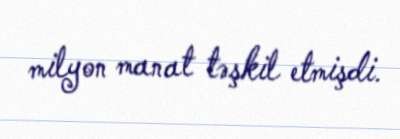
milyon manat təşkil etmişdi.